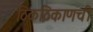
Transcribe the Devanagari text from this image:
ठिकठिकाणची